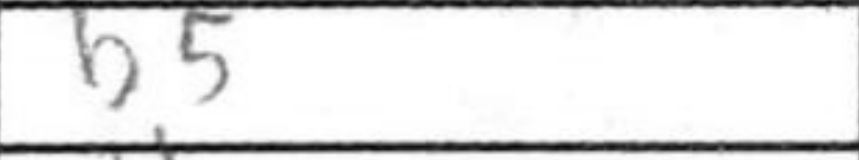
Transcription: b5